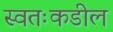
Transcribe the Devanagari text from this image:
स्वतःकडील